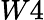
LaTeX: W4